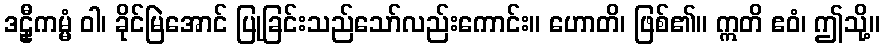
ဒဠှီကမ္မံ ဝါ၊ ခိုင်မြဲအောင် ပြုခြင်းသည်သော်လည်းကောင်း။ ဟောတိ၊ ဖြစ်၏။ ဣတိ ဧဝံ၊ ဤသို့။